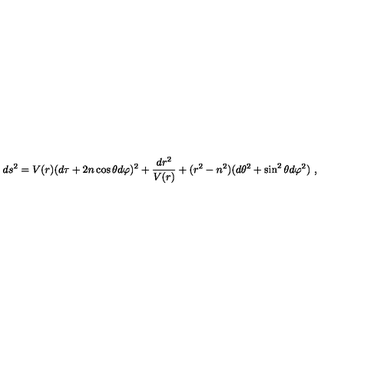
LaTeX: d s ^ { 2 } = V ( r ) ( d \tau + 2 n \cos \theta d \varphi ) ^ { 2 } + { \frac { d r ^ { 2 } } { V ( r ) } } + ( r ^ { 2 } - n ^ { 2 } ) ( d \theta ^ { 2 } + \sin ^ { 2 } \theta d \varphi ^ { 2 } ) \ ,